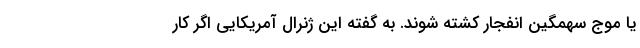
یا موج سهمگین انفجار کشته شوند. به گفته این ژنرال آمریکایی اگر کار